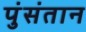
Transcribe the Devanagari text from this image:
पुंसंतान